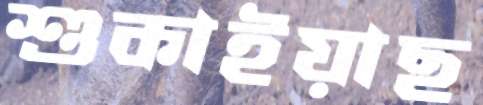
শুকাইয়াছ